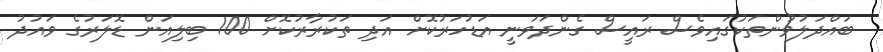
ބައްދަލުވުންތަކުގައިވެސް ރައީސް ގެންދަވަނީ އަޑުހަރުކޮށް އަދި ތަކުރާރުކޮށް 100 ބިލިއަން ޑޮލަރުގެ ވައުދު